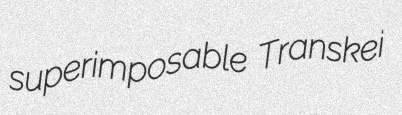
superimposable Transkei